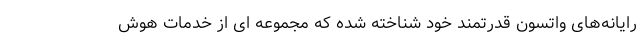
رایانه‌های واتسون قدرتمند خود شناخته شده که مجموعه ای از خدمات هوش